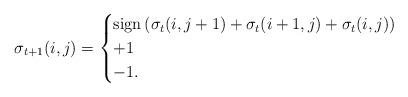
LaTeX: \begin{align*}\sigma_{t+1}(i, j)=\begin{cases}\textrm{sign}\left(\sigma_{t}(i, j+1)+\sigma_{t}(i+1, j)+ \sigma_{t}(i, j)\right) \\+1 \\-1 .\end{cases}\end{align*}